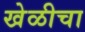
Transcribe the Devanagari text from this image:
खेळीचा